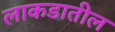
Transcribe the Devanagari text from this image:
लाकडातील